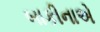
બાકીનાએ